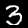
Label: 3